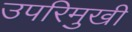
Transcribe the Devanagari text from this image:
उपरिमुखी